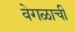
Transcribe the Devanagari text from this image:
वेगळाची